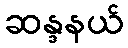
ဆန္ဒနယ်